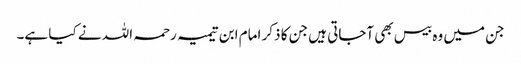
جن میں وہ بیس بھی آجاتی ہیں جن کا ذکر امام ابن تیمیہ رحمہ اللہ نے کیا ہے۔